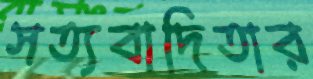
সত্যবাদিতার